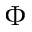
\Phi